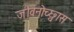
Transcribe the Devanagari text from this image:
जीवनोच्छ्वास